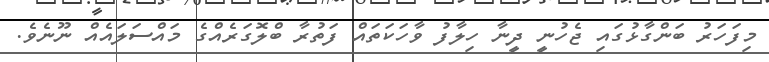
މިފަހަރު ބަންގާޅުގައި ޖެހުނީ ދީނާ ހިލާފު ވާހަކަތައް ފަތުރާ ބްލޮގަރެއްގެ މައްސަލައެއް ނޫނެވެ.